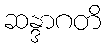
ဆန္ဒာဂတိ